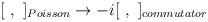
LaTeX: \begin{align*}[\ ,\ ]_{Poisson} \to -i[\ ,\ ]_{commutator}\end{align*}